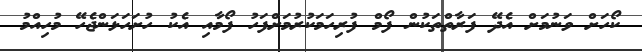
ކޯހަށް ވަނުމަށް އެދޭ ފަރާތްތަކުން ފޯމް ފުރިހަމަކުރުމަށްފަހު ފޯމާއި އެކު ހުށަހަޅަންޖެހޭ މުހިއްމު